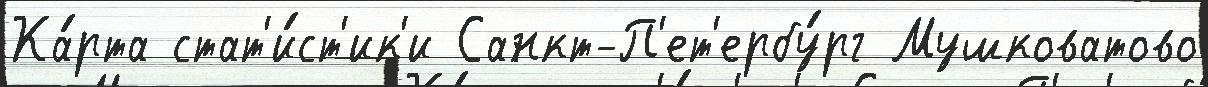
Ка́рта стат'и́ст'ик'и Санкт-П'ет'ербу́рг Мушковатово